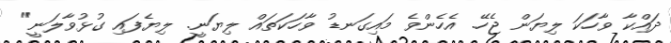
ދައްކާ ވާހަކަ ލިޔަން ޖެހޭ. އެހެންވެ މައިގަނޑު ވާހަކަތައް ލިޔަނީ. ލިޔެފައި ގުޅުވާލަނީ"